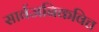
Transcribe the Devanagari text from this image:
सार्वजनिकवित्त